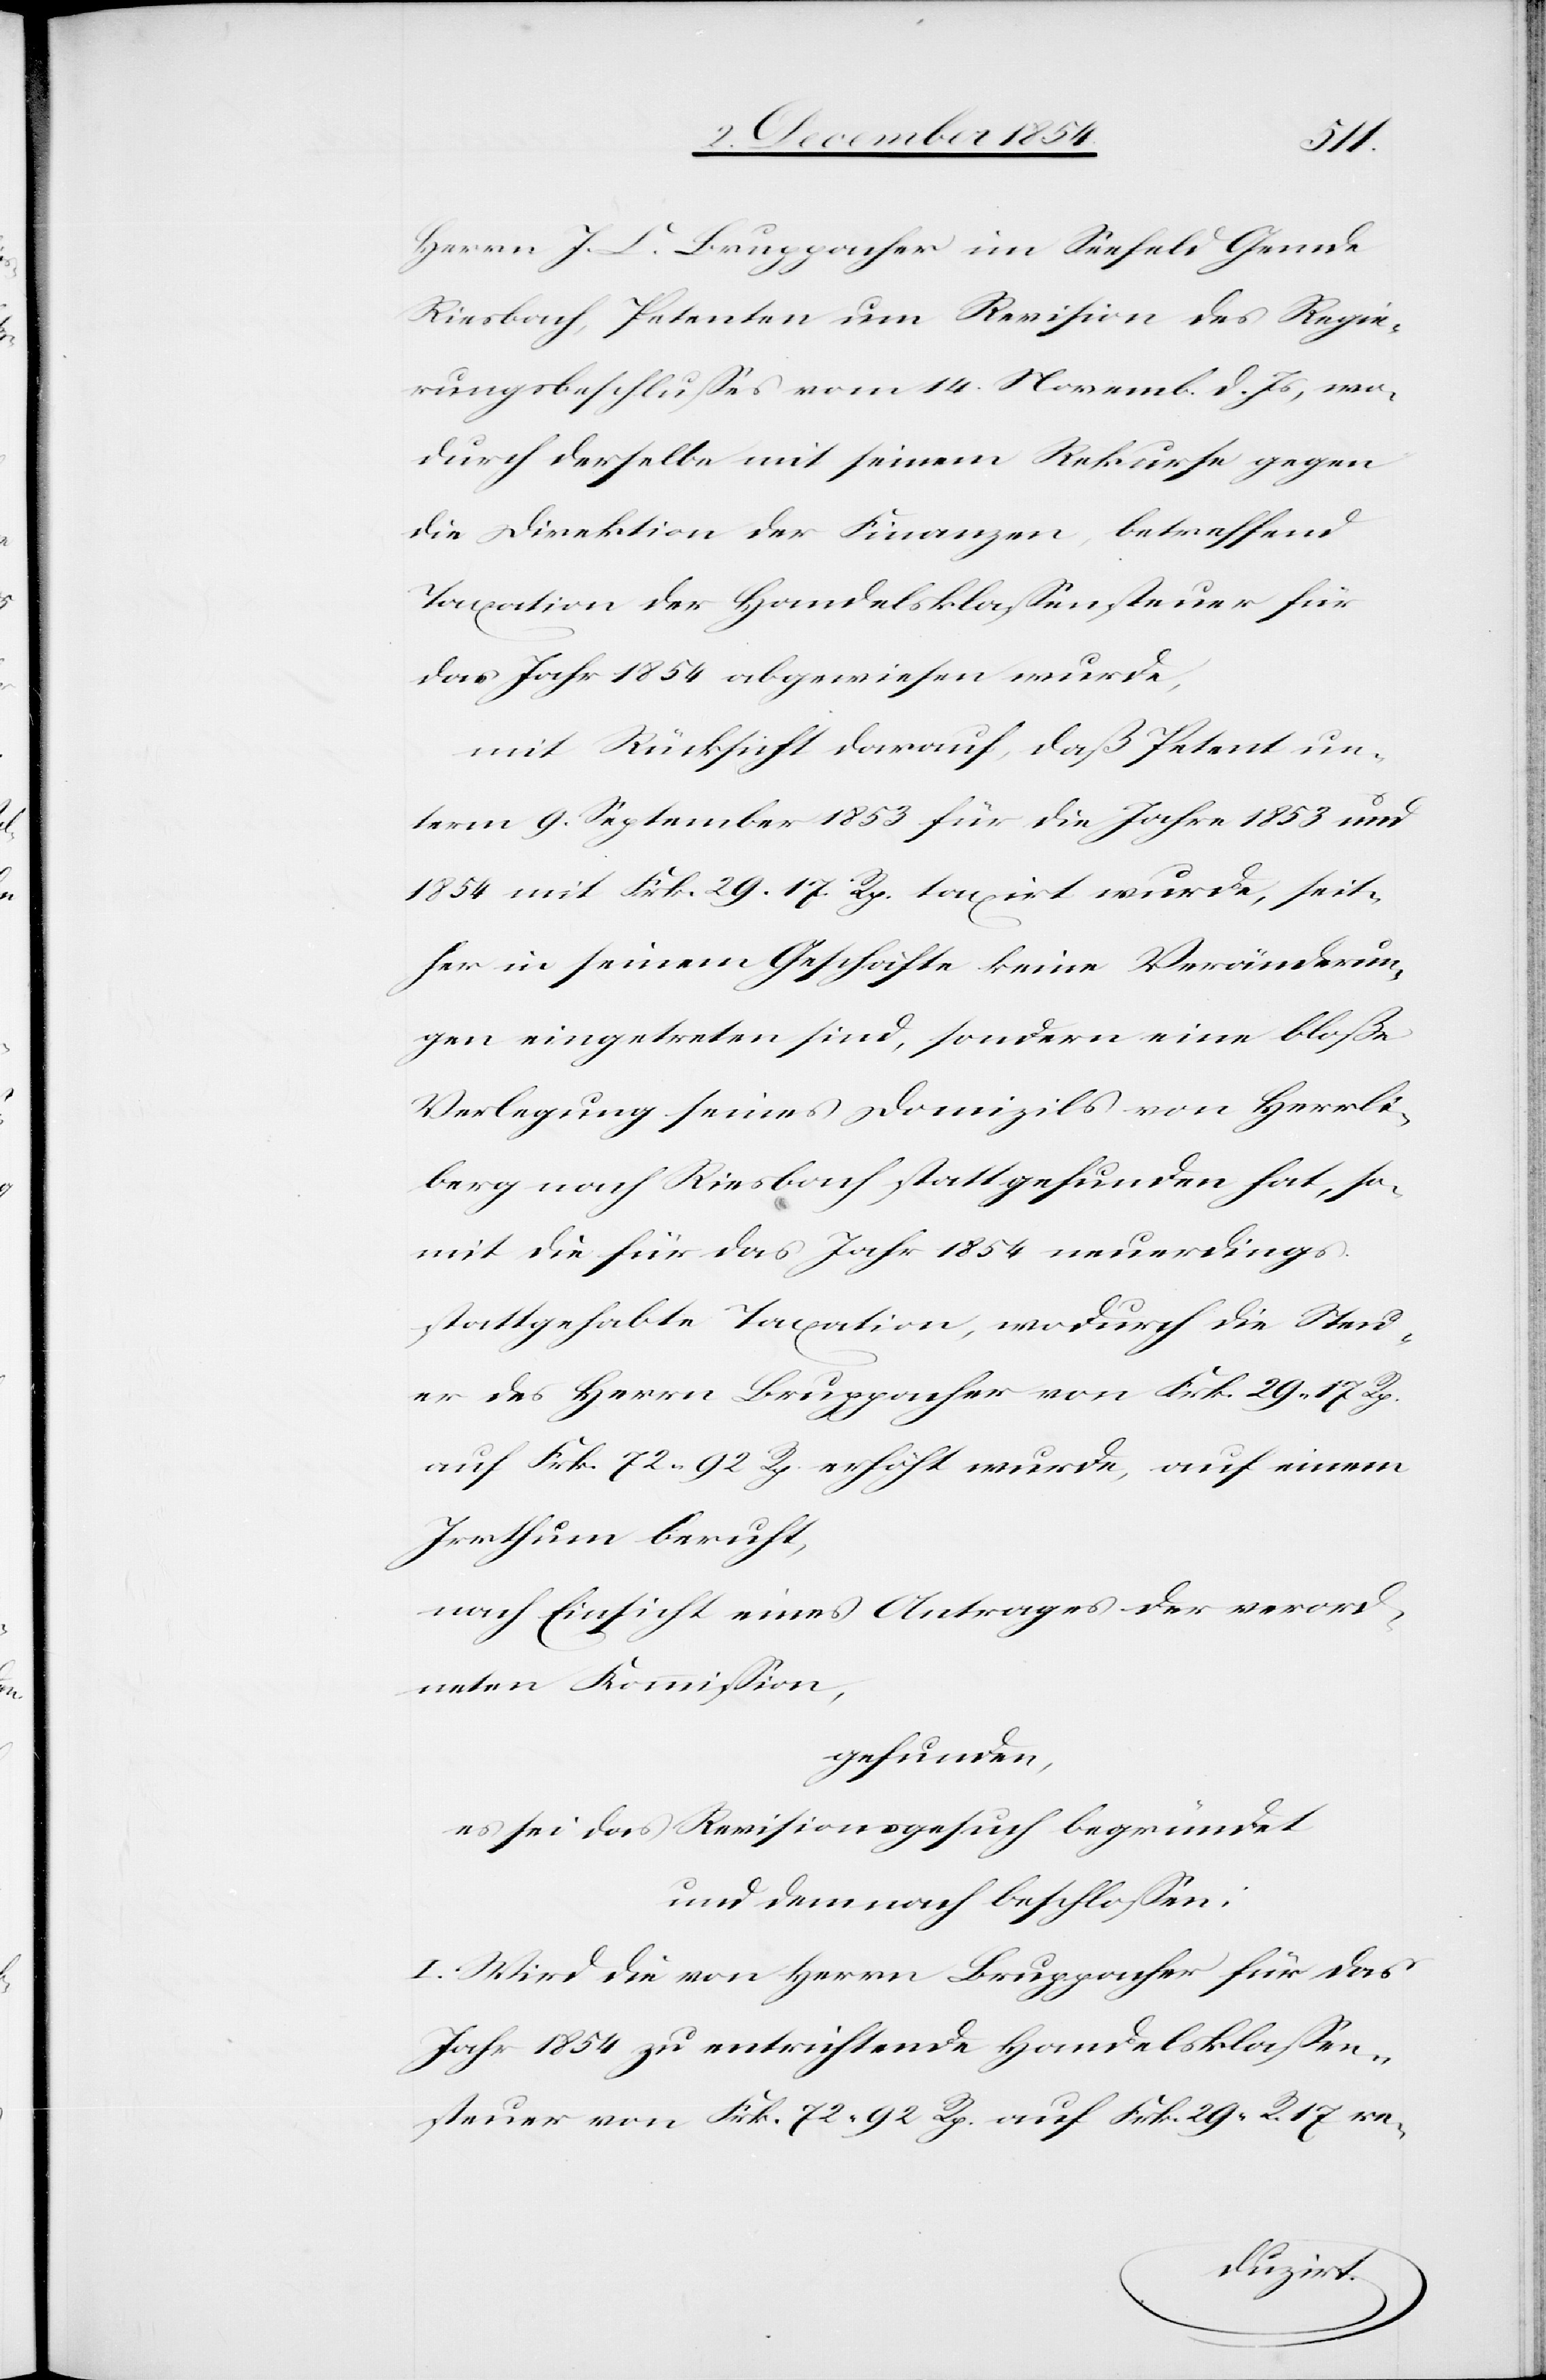
Herrn J. C. Bruppacher im Seefeld Gemde
Riesbach, Petenten um Revision des Regie¬
rungsbeschlußes vom 14. Novemb. d. Js, wo¬
durch derselbe mit seinem Rekurse gegen
die Direktion der Finanzen, betreffend
Taxation der Handelsklaßensteuer für
das Jahr 1854 abgewiesen wurde,
mit Rücksicht darauf, daß Petent un¬
term 9. September 1853 für die Jahre 1853 und
1854 mit Frk. 29 17. Rp. taxirt wurde, seit¬
her in seinem Geschäfte keine Veränderun¬
gen eingetreten sind, sondern eine bloße
Verlegung seines Domizils von Herrli¬
berg nach Riesbach stattgefunden hat, so¬
mit die für das Jahr 1854 neuerdings
stattgehabte Taxation, wodurch die Steu¬
er des Herrn Bruppacher von Frk. 29. 17 Rp.
auf Frk. 72 92. Rp. erhöht wurde, auf einem
Irrthum beruht,
nach Einsicht eines Antrages der verord¬
neten Kommißion,
gefunden,
es sei das Revisionsgesuch begründet
und demnach beschloßen:
I. Wird die von Herrn Bruppacher für das
Jahr 1854 zu entrichtende Handelsklaßen¬
steuer von Frk. 72. 92. Rp. auf Frk. 29. R. 17 re-